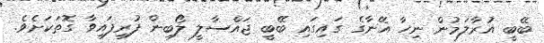
ބޭބީ އުރާލަމުން ނިހާ އޭނާގެ ގައިގައި ބޭބީ ޖައްސާލީ ލޯބިން ފުރިފައިވާ ގޮތަކަށެވެ.